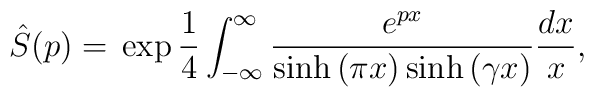
\hat S (p) = \\ \exp \frac{1}{4} \int_{-\infty}^{\infty} \frac{e^{p x}}{\sinh{(\pi x)}\sinh{(\gamma x)}} \frac{dx}{x}   ,